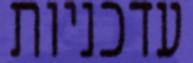
עדכניות